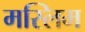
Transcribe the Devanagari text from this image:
मस्लिम